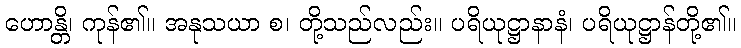
ဟောန္တိ၊ ကုန်၏။ အနုသယာ စ၊ တို့သည်လည်း။ ပရိယုဋ္ဌာနာနံ၊ ပရိယုဋ္ဌာန်တို့၏။